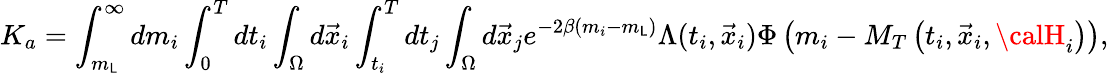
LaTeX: K_{a}=\int_{m_{\mathsf{L}}}^{\infty}dm_{i}\int_{0}^{T}dt_{i}\int_{\Omega}d\vec{{x}}_{i}\int_{t_{i}}^{T}dt_{j}\int_{\Omega}d\vec{{x}}_{j}e^{-2\beta(m_{i}-m_{\mathsf{L}})}\Lambda(t_{i},\vec{{x}}_{i})\Phi\left(m_{i}-M_{T}\left(t_{i},\vec{{x}}_{i},{\calH}_{i}\right)\right),